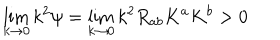
\lim _ { k \rightarrow 0 } k ^ { 2 } \psi = \lim _ { k \rightarrow 0 } k ^ { 2 } R _ { a b } K ^ { a } K ^ { b } > 0